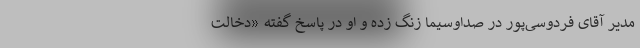
مدیر آقای فردوسی‌پور در صداوسیما زنگ زده و او در پاسخ گفته «دخالت